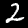
Label: 2